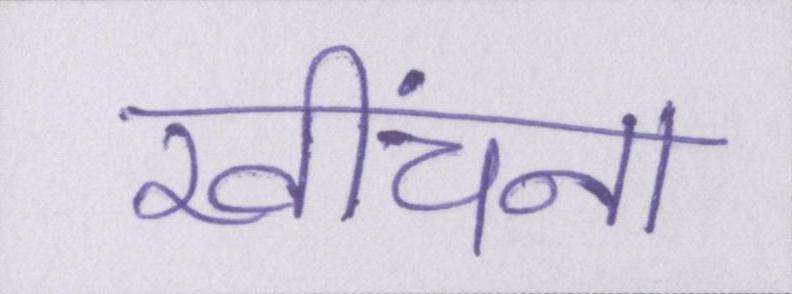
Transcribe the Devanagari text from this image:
खींचना